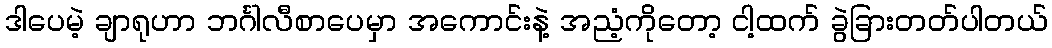
ဒါပေမဲ့ ချာရုဟာ ဘင်္ဂါလီစာပေမှာ အကောင်းနဲ့ အညံ့ကိုတော့ ငါ့ထက် ခွဲခြားတတ်ပါတယ်